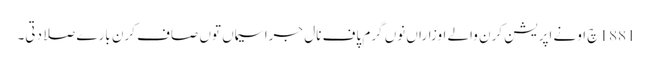
1881 چ اونے اپریشن کرن والے اوزاراں نوں گرم پاف نال جراسیماں توں صاف کرن بارے صلا دتی۔